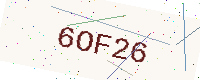
Text: 6OF26